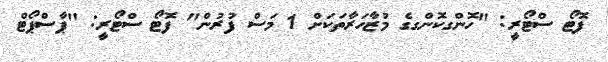
ފޮޓޯ ސްޓޯރީ: "ހޮންގކޮންގގެ މުޒާހަރާތަކަށް 1 މަސް ފުރުން" ފޮޓޯ ސްޓޯރީ: "ޕާސްޕޯޓް